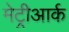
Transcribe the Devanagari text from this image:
मेट्रीआर्क